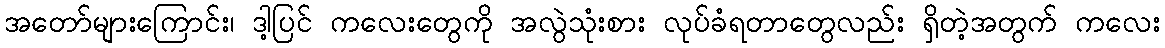
အတော်များကြောင်း၊ ဒါ့ပြင် ကလေးတွေကို အလွဲသုံးစား လုပ်ခံရတာတွေလည်း ရှိတဲ့အတွက် ကလေး